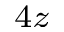
_ { 4 z }